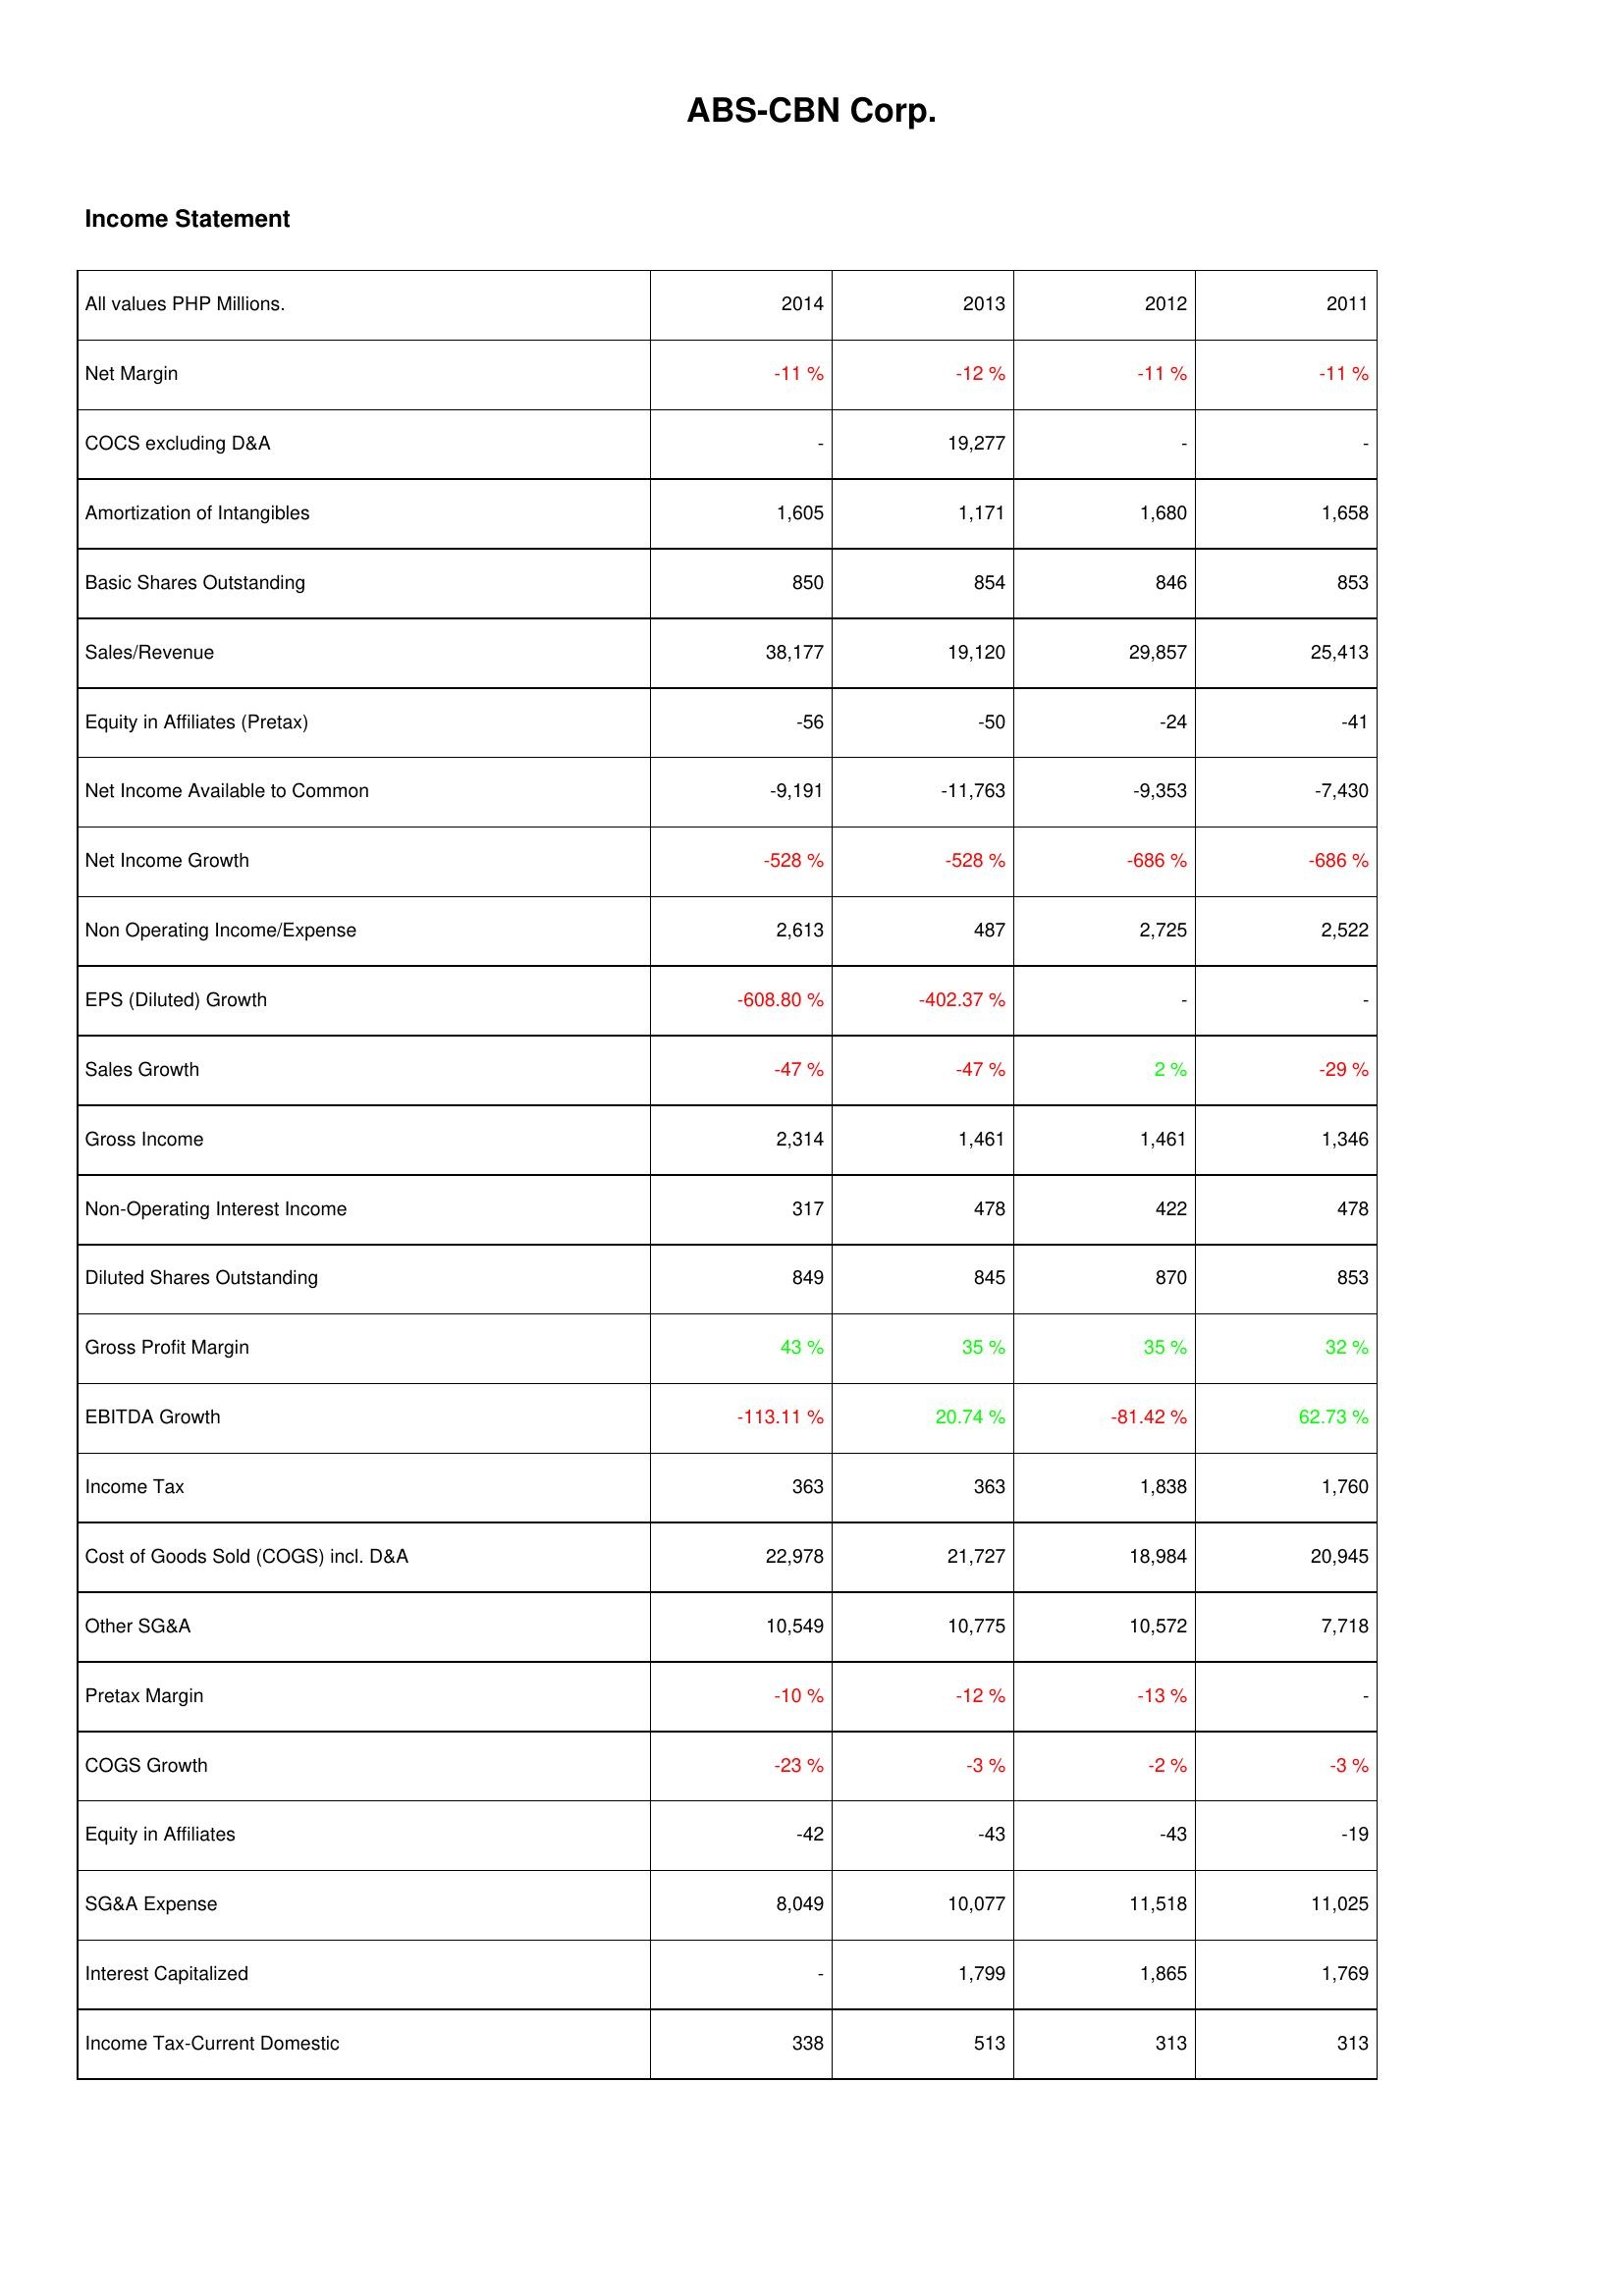
2014: Income Statement: Net Margin: -11 %
COCS excluding D&A: -
Amortization of Intangibles: 1,605
Basic Shares Outstanding: 850
Sales/Revenue: 38,177
Equity in Affiliates (Pretax): -56
Net Income Available to Common: -9,191
Net Income Growth: -528 %
Non Operating Income/Expense: 2,613
EPS (Diluted) Growth: -608.80 %
Sales Growth: -47 %
Gross Income: 2,314
Non-Operating Interest Income: 317
Diluted Shares Outstanding: 849
Gross Profit Margin: 43 %
EBITDA Growth: -113.11 %
Income Tax: 363
Cost of Goods Sold (COGS) incl. D&A: 22,978
Other SG&A: 10,549
Pretax Margin: -10 %
COGS Growth: -23 %
Equity in Affiliates: -42
SG&A Expense: 8,049
Interest Capitalized: -
Income Tax-Current Domestic: 338
2013: Income Statement: Net Margin: -12 %
COCS excluding D&A: 19,277
Amortization of Intangibles: 1,171
Basic Shares Outstanding: 854
Sales/Revenue: 19,120
Equity in Affiliates (Pretax): -50
Net Income Available to Common: -11,763
Net Income Growth: -528 %
Non Operating Income/Expense: 487
EPS (Diluted) Growth: -402.37 %
Sales Growth: -47 %
Gross Income: 1,461
Non-Operating Interest Income: 478
Diluted Shares Outstanding: 845
Gross Profit Margin: 35 %
EBITDA Growth: 20.74 %
Income Tax: 363
Cost of Goods Sold (COGS) incl. D&A: 21,727
Other SG&A: 10,775
Pretax Margin: -12 %
COGS Growth: -3 %
Equity in Affiliates: -43
SG&A Expense: 10,077
Interest Capitalized: 1,799
Income Tax-Current Domestic: 513
2012: Income Statement: Net Margin: -11 %
COCS excluding D&A: -
Amortization of Intangibles: 1,680
Basic Shares Outstanding: 846
Sales/Revenue: 29,857
Equity in Affiliates (Pretax): -24
Net Income Available to Common: -9,353
Net Income Growth: -686 %
Non Operating Income/Expense: 2,725
EPS (Diluted) Growth: -
Sales Growth: 2 %
Gross Income: 1,461
Non-Operating Interest Income: 422
Diluted Shares Outstanding: 870
Gross Profit Margin: 35 %
EBITDA Growth: -81.42 %
Income Tax: 1,838
Cost of Goods Sold (COGS) incl. D&A: 18,984
Other SG&A: 10,572
Pretax Margin: -13 %
COGS Growth: -2 %
Equity in Affiliates: -43
SG&A Expense: 11,518
Interest Capitalized: 1,865
Income Tax-Current Domestic: 313
2011: Income Statement: Net Margin: -11 %
COCS excluding D&A: -
Amortization of Intangibles: 1,658
Basic Shares Outstanding: 853
Sales/Revenue: 25,413
Equity in Affiliates (Pretax): -41
Net Income Available to Common: -7,430
Net Income Growth: -686 %
Non Operating Income/Expense: 2,522
EPS (Diluted) Growth: -
Sales Growth: -29 %
Gross Income: 1,346
Non-Operating Interest Income: 478
Diluted Shares Outstanding: 853
Gross Profit Margin: 32 %
EBITDA Growth: 62.73 %
Income Tax: 1,760
Cost of Goods Sold (COGS) incl. D&A: 20,945
Other SG&A: 7,718
Pretax Margin: -
COGS Growth: -3 %
Equity in Affiliates: -19
SG&A Expense: 11,025
Interest Capitalized: 1,769
Income Tax-Current Domestic: 313